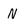
Character: N